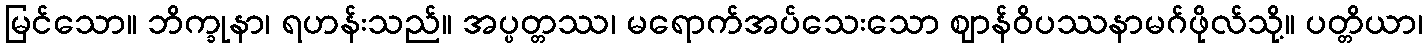
မြင်သော။ ဘိက္ခုနာ၊ ရဟန်းသည်။ အပ္ပတ္တဿ၊ မရောက်အပ်သေးသော ဈာန်ဝိပဿနာမဂ်ဖိုလ်သို့။ ပတ္တိယာ၊